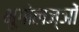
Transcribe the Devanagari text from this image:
भूगोलज्ञों